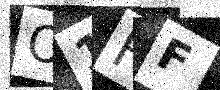
Text: O1HF